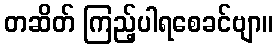
တဆိတ် ကြည့်ပါရစေခင်ဗျာ။